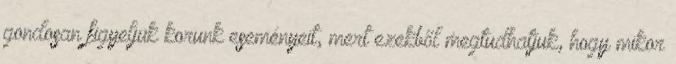
gondosan figyeljük korunk eseményeit, mert ezekből megtudhatjuk, hogy mikor